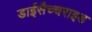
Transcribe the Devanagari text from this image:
डाईसैच्चराइड